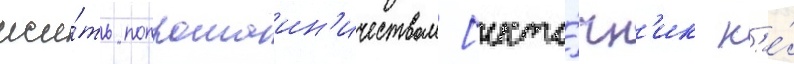
жи́ть попрошаин'ичеством [исто́чн'ик н'е́